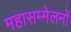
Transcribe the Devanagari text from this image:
महासम्मेलनों